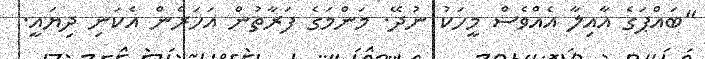
"ބައްޕަގެ އާއިލާ އެއްވެސް މީހަކު ނުދޭ. މަންމަގެ ފަރާތުން އަހަރެން އެކަނި ދިޔައީ.